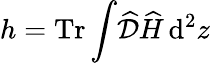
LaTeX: h=\operatorname{Tr}\int\! \widehat{\cal D}\widehat{H}\, \mathrm{d}^{2}z